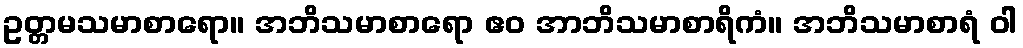
ဥတ္တမသမာစာရော။ အဘိသမာစာရော ဧဝ အာဘိသမာစာရိကံ။ အဘိသမာစာရံ ဝါ